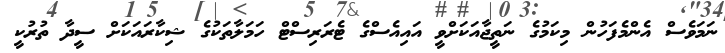
ނަމަވެސް އެންމެފަހުން މިކަމުގެ ނަތީޖާއަކަށްވީ އައިއެސްގެ ޓެރަރިސްޓް ހަމަލާތަކުގެ ޝިކާރައަކަށް ސީދާ ތުރުކީ